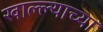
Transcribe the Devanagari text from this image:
खाल्ल्याच्या